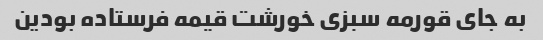
به جای قورمه سبزی خورشت قیمه فرستاده بودین